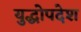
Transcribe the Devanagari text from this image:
युद्धोपदेश